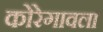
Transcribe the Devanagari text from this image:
कोरेगावला